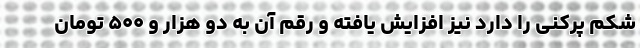
شکم پرکنی را دارد نیز افزایش یافته و رقم آن به دو هزار و ۵۰۰ تومان